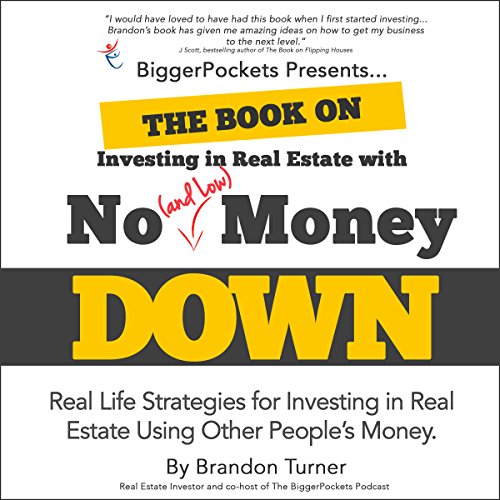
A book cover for The Book on Investing In Real Estate with No (and Low) Money Down: Real Life Strategies for Investing in Real Estate Using Other People's Money; Brandon Turner; Business & Money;